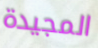
المجيدة